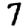
Digit: 7